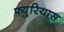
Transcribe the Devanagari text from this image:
फ्युरियास